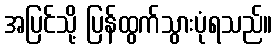
အပြင်သို့ ပြန်ထွက်သွားပုံရသည်။